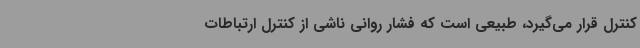
کنترل قرار می‌گیرد، طبیعی است که فشار روانی ناشی از کنترل ارتباطات